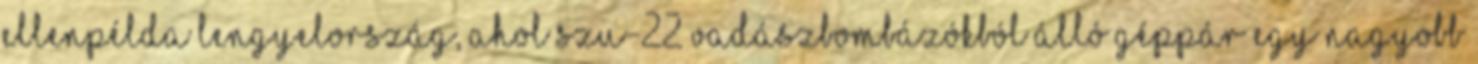
ellenpélda Lengyelország, ahol Szu-22 vadászbombázókból álló géppár egy nagyobb